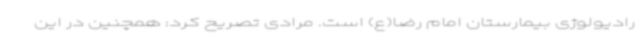
رادیولوژی بیمارستان امام رضا(ع) است. مرادی تصریح کرد: همچنین در این